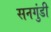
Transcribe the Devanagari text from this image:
सनगुंडी